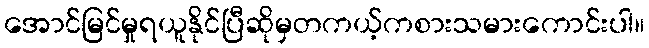
အောင်မြင်မှုရယူနိုင်ပြီဆိုမှတကယ့်ကစားသမားကောင်းပါ။